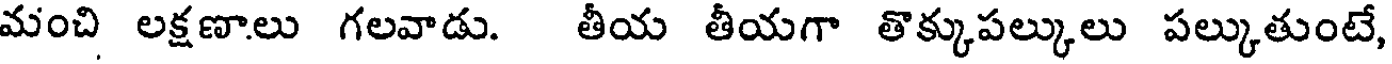
మంచి లక్షణాలు గలవాడు. తీయ తీయగా తొక్కుపల్కులు పల్కుతుంటే,